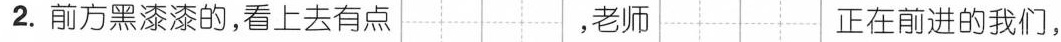
2.前方黑漆漆的，看上去有点 ，老师 正在前进的我们，